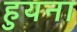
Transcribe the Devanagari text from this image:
हुयना